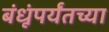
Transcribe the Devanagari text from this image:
बंधूंपर्यंतच्या